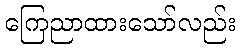
ကြေညာထားသော်လည်း